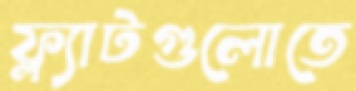
ফ্ল্যাটগুলোতে